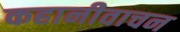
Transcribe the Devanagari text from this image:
कहानीवाचन